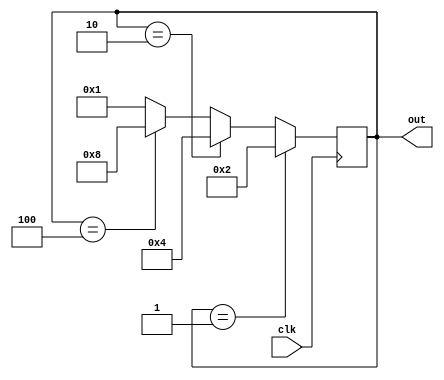
`timescale 1ns / 1ps
//////////////////////////////////////////////////////////////////////////////////
// Company: 
// Engineer: 
// 
// Design Name: 
// Module Name:    ringcounter 
// Project Name: 
// Target Devices: 
// Tool versions: 
// Description: 
//
// Dependencies: 
//
// Revision: 
// Revision 0.01 - File Created
// Additional Comments: 
//
//////////////////////////////////////////////////////////////////////////////////
module ringcounter(clk, out);
input clk;
output reg [3:0] out;
initial out=4'b0001;
always @(posedge clk)
begin
if (out==4'b0001) 
out<=4'b0010;
else if (out==4'b0010)
out<=4'b0100;
else if (out==4'b0100)
out<=4'b1000;
else 
out<=4'b0001;
end
endmodule